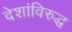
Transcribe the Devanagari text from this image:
देशांविरुद्ध